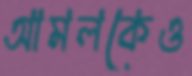
আমলকেও